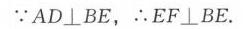
\(\because AD\bot BE,\ \therefore EF\bot BE.\)